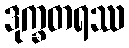
ဒုက္ခတရဿ